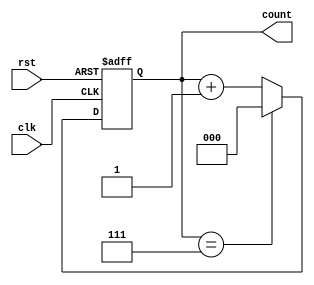
module mod_n_counter #(
    parameter N = 8 // Set the maximum count value (N)
)(
    input wire clk,        // Clock input
    input wire rst,        // Asynchronous reset input
    output reg [$clog2(N)-1:0] count // Output count value
);

// Asynchronous reset and counting logic
always @(posedge clk or posedge rst) begin
    if (rst) begin
        count <= 0; // Reset the counter to 0
    end else begin
        if (count == N-1) begin
            count <= 0; // Wrap around to 0 when reaching N
        end else begin
            count <= count + 1; // Increment the counter
        end
    end
end

endmodule